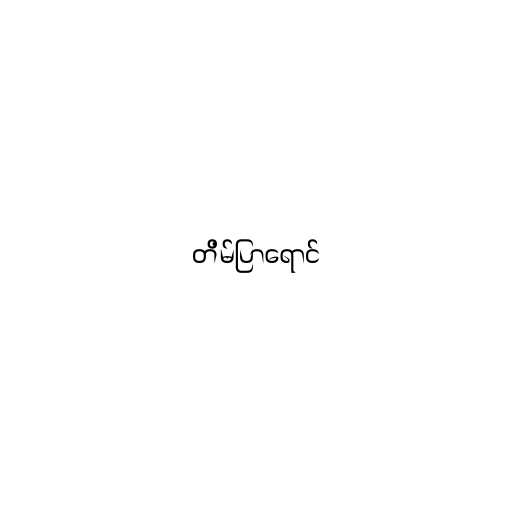
တိမ်ပြာရောင်